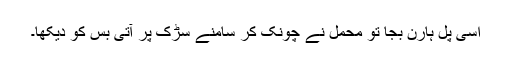
اسی پل ہارن بجا تو محمل نے چونک کر سامنے سڑک پر آتی بس کو دیکھا۔